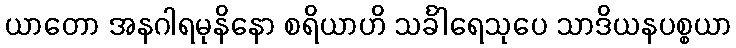
ယာတော အနဂါရမုနိနော စရိယာဟိ သင်္ခါရေသုပေ သာဒိယနပစ္စယာ